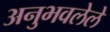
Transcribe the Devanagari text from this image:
अनुभवलेले